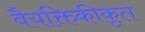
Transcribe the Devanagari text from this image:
वैयक्तिकीकृत